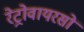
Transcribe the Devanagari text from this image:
रेट्रोवायरसों